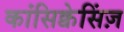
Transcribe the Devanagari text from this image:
कांसिक्वेसिंज़